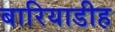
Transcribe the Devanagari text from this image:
बारियाडीह